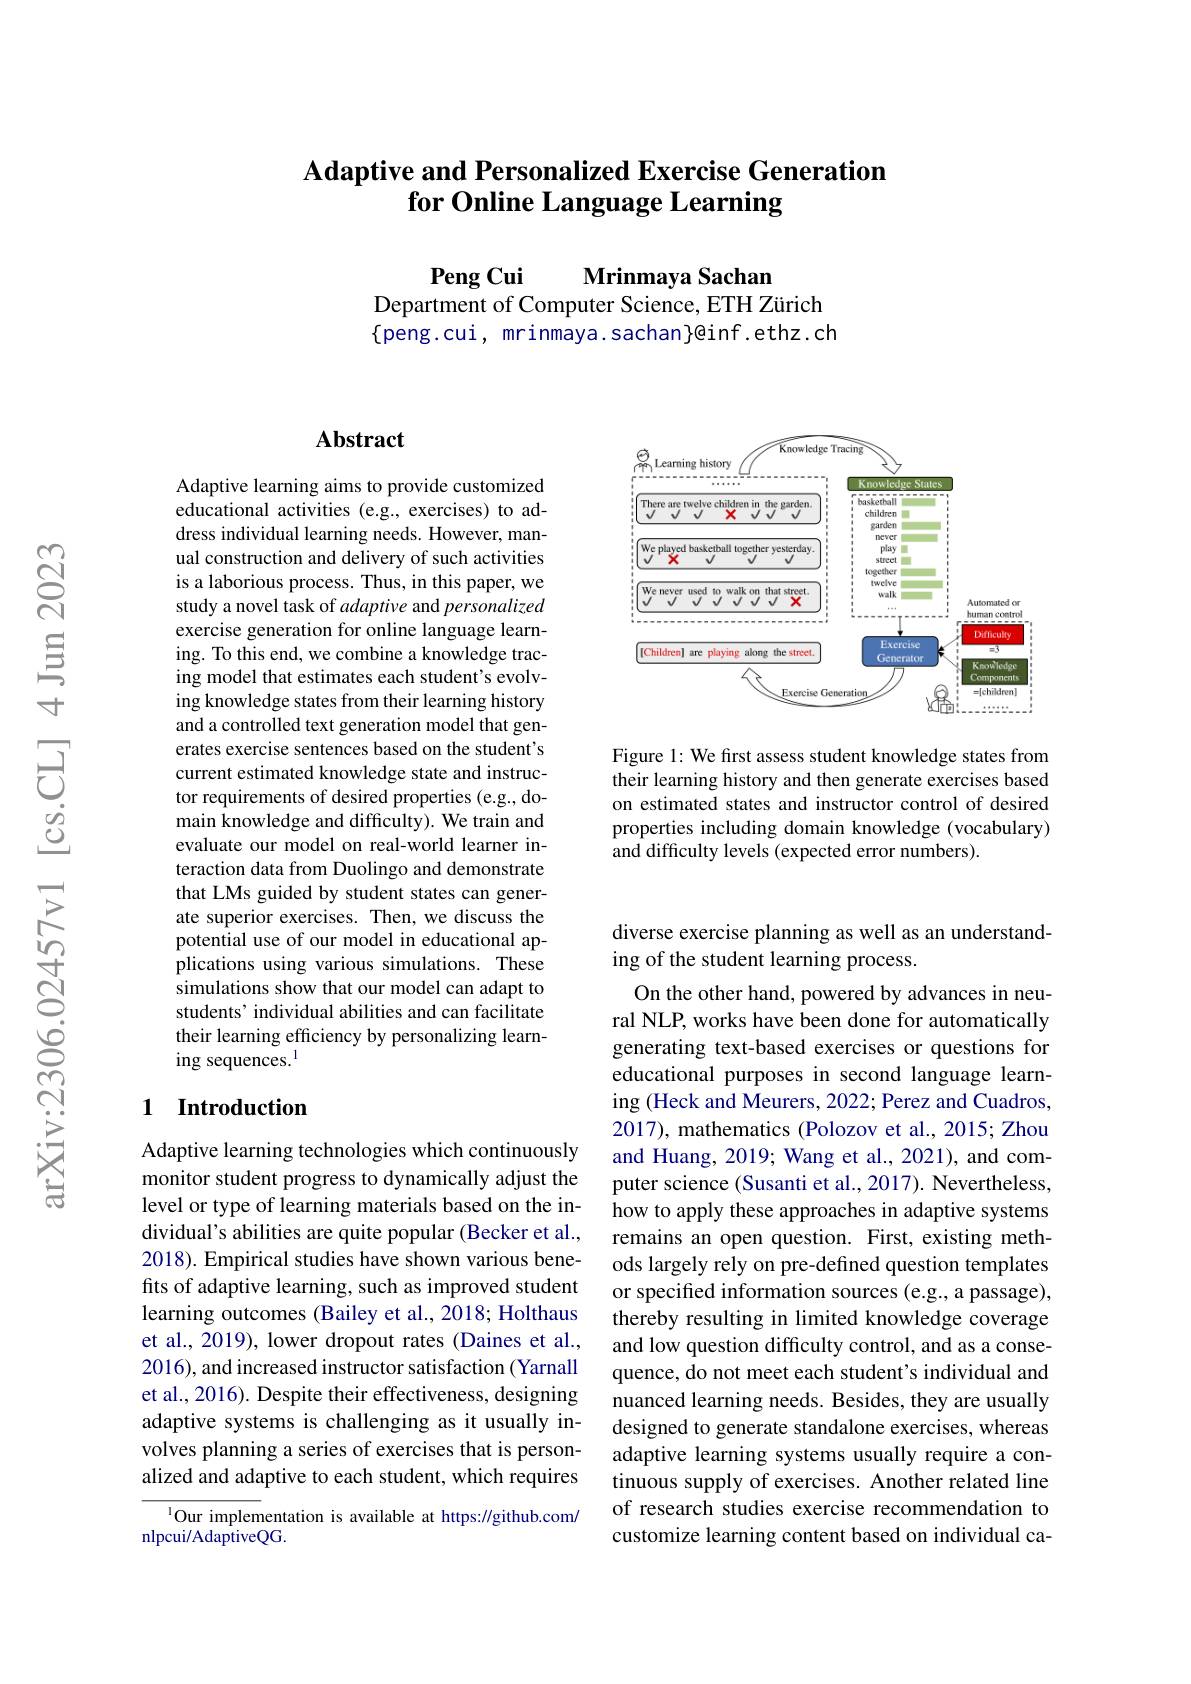
### Adaptive and Personalized Exercise Generation for Online Language Learning

$\mathbf{PengCui}$
Mrinmaya Sachan
Department of Computer Science, ETH Zürich $\{$peng.cui, mrinmaya.sachan}@inf.ethz.ch

<FigureHere>

Figure 1: We first assess student knowledge states from their learning history and then generate exercises based on estimated states and instructor control of desired properties including domain knowledge (vocabulary) and difficulty levels (expected error numbers).

## Abstract

Adaptive learning aims to provide customized educational activities (e.g., exercises) to address individual learning needs. However, manual construction and delivery of such activities is a laborious process. Thus, in this paper, we study a novel task of adaptive and personalized exercise generation for online language learning. To this end, we combine a knowledge tracing model that estimates each student's evolving knowledge states from their learning history and a controlled text generation model that generates exercise sentences based on the student's current estimated knowledge state and instructor requirements of desired properties (e.g., domain knowledge and difficulty). We train and evaluate our model on real-world learner interaction data from Duolingo and demonstrate that LMs guided by student states can generate superior exercises. Then, we discuss the potential use of our model in educational applications using various simulations. These simulations show that our model can adapt to students' individual abilities and can facilitate their learning efficiency by personalizing learning sequences.$^{1}$

## 1 Introduction

Adaptive learning technologies which continuously monitor student progress to dynamically adjust the level or type of learning materials based on the individual's abilities are quite popular (Becker et al., 2018). Empirical studies have shown various benefits of adaptive learning, such as improved student learning outcomes (Bailey et al., 2018; Holthaus et al., 2019), lower dropout rates (Daines et al., 2016), and increased instructor satisfaction (Yarnall et al., 2016). Despite their effectiveness, designing adaptive systems is challenging as it usually involves planning a series of exercises that is personalized and adaptive to each student, which requires

$^{1}$Our implementation is available at https://github.com/
nlpcui/AdaptiveQG.

diverse exercise planning as well as an understand-
ing of the student learning process.

On the other hand, powered by advances in neural NLP, works have been done for automatically generating text-based exercises or questions for educational purposes in second language learning (Heck and Meurers, 2022; Perez and Cuadros, 2017), mathematics (Polozov et al., 2015; Zhou and Huang, 2019; Wang et al., 2021), and computer science (Susanti et al., 2017). Nevertheless, how to apply these approaches in adaptive systems remains an open question. First, existing methods largely rely on pre-defined question templates or specified information sources (e.g., a passage), thereby resulting in limited knowledge coverage and low question difficulty control, and as a consequence, do not meet each student's individual and nuanced learning needs. Besides, they are usually designed to generate standalone exercises, whereas adaptive learning systems usually require a continuous supply of exercises. Another related line of research studies exercise recommendation to customize learning content based on individual ca-